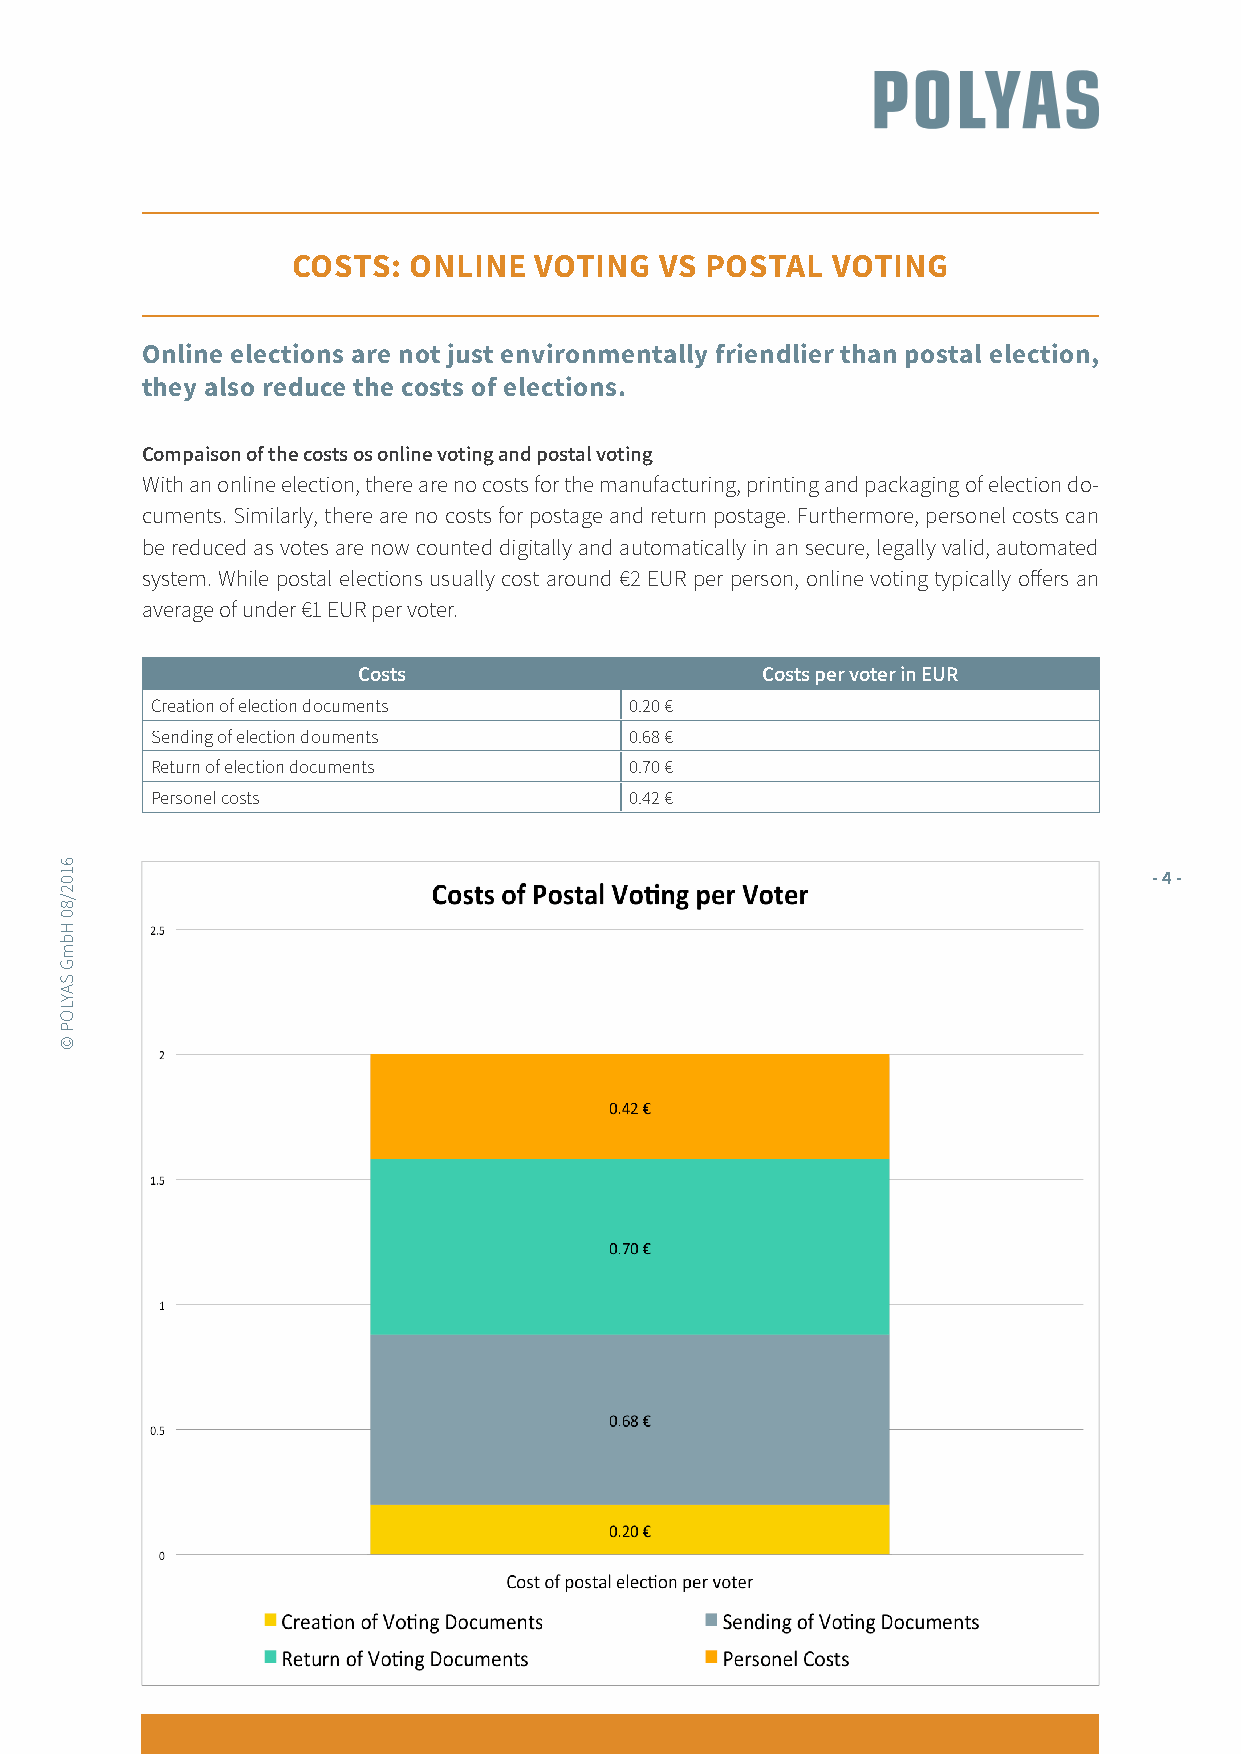
COSTS:  ONLINE  VOTING   VS POSTAL  VOTING
 Online elections are not just environmentally friendlier than postal election,
 they also reduce the costs of elections.
 Compaison of the costs os online voting and postal voting
 With an online election, there are no costs for the manufacturing, printing and packaging of election do-
 cuments. Similarly, there are no costs for postage and return postage. Furthermore, personel costs can
 be reduced as votes are now counted digitally and automatically in an secure, legally valid, automated
 system. While postal elections usually cost around €2 EUR per person, online voting typically offers an
 average of under €1 EUR per voter.
 Costs                     Costs per voter in EUR
 Creation of election documents  0.20 €
 Sending of election douments    0.68 €
 Return of election documents    0.70 €
 Personel costs                  0.42 €
 - 4 -
 6102/80
 HbmG
 SAYLOP
 ©